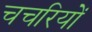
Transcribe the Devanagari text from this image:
चचरियों